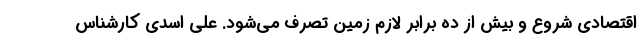
اقتصادی شروع و بیش از ده برابر لازم زمین تصرف می‌شود. علی اسدی کارشناس